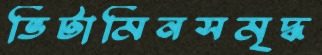
ভিটামিনসমৃদ্ধ